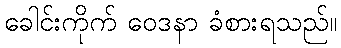
ခေါင်းကိုက် ဝေဒနာ ခံစားရသည်။